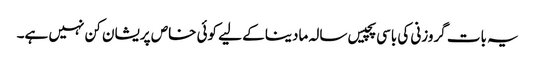
یہ بات گروزنی کی باسی پچیس سالہ مادینا کے لیے کوئی خاص پریشان کن نہیں ہے۔